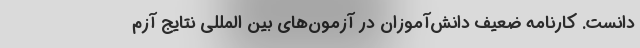
دانست. کارنامه ضعیف دانش‌آموزان در آزمون‌های بین المللی نتایج آزم